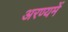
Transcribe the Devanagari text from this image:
अरण्यमें